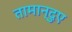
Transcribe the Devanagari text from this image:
तामान्दुए